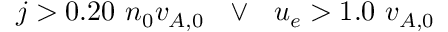
j > 0 . 2 0 \ n _ { 0 } v _ { A , 0 } \ \ \lor \ \ u _ { e } > 1 . 0 \ v _ { A , 0 }